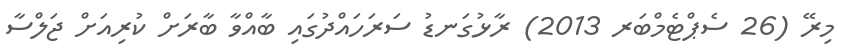
މިރޭ (26 ސެޕްޓެމްބަރ 2013) ރާޅުގަނޑު ސަރަހައްދުގައި ބާއްވާ ބާރަށް ކުރިއަށް ޖަލްސާ